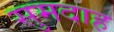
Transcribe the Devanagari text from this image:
सुमदाह